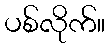
ပစ်လိုက်။